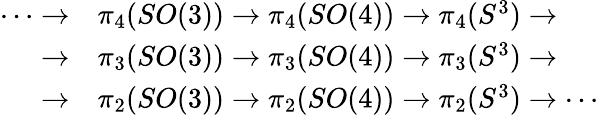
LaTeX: {\begin{array}{rl}{\cdots\to}&{\pi_{4}(SO(3))\to\pi_{4}(SO(4))\to\pi_{4}(S^{3})\to}\\ {\to}&{\pi_{3}(SO(3))\to\pi_{3}(SO(4))\to\pi_{3}(S^{3})\to}\\ {\to}&{\pi_{2}(SO(3))\to\pi_{2}(SO(4))\to\pi_{2}(S^{3})\to\cdots}\end{array}}